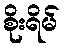
စိုးရိမ်